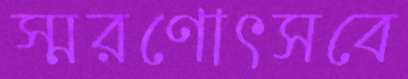
স্মরণোৎসবে